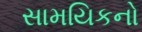
સામયિકનો